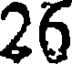
26